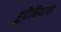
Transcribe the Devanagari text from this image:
हुदैबियाचा